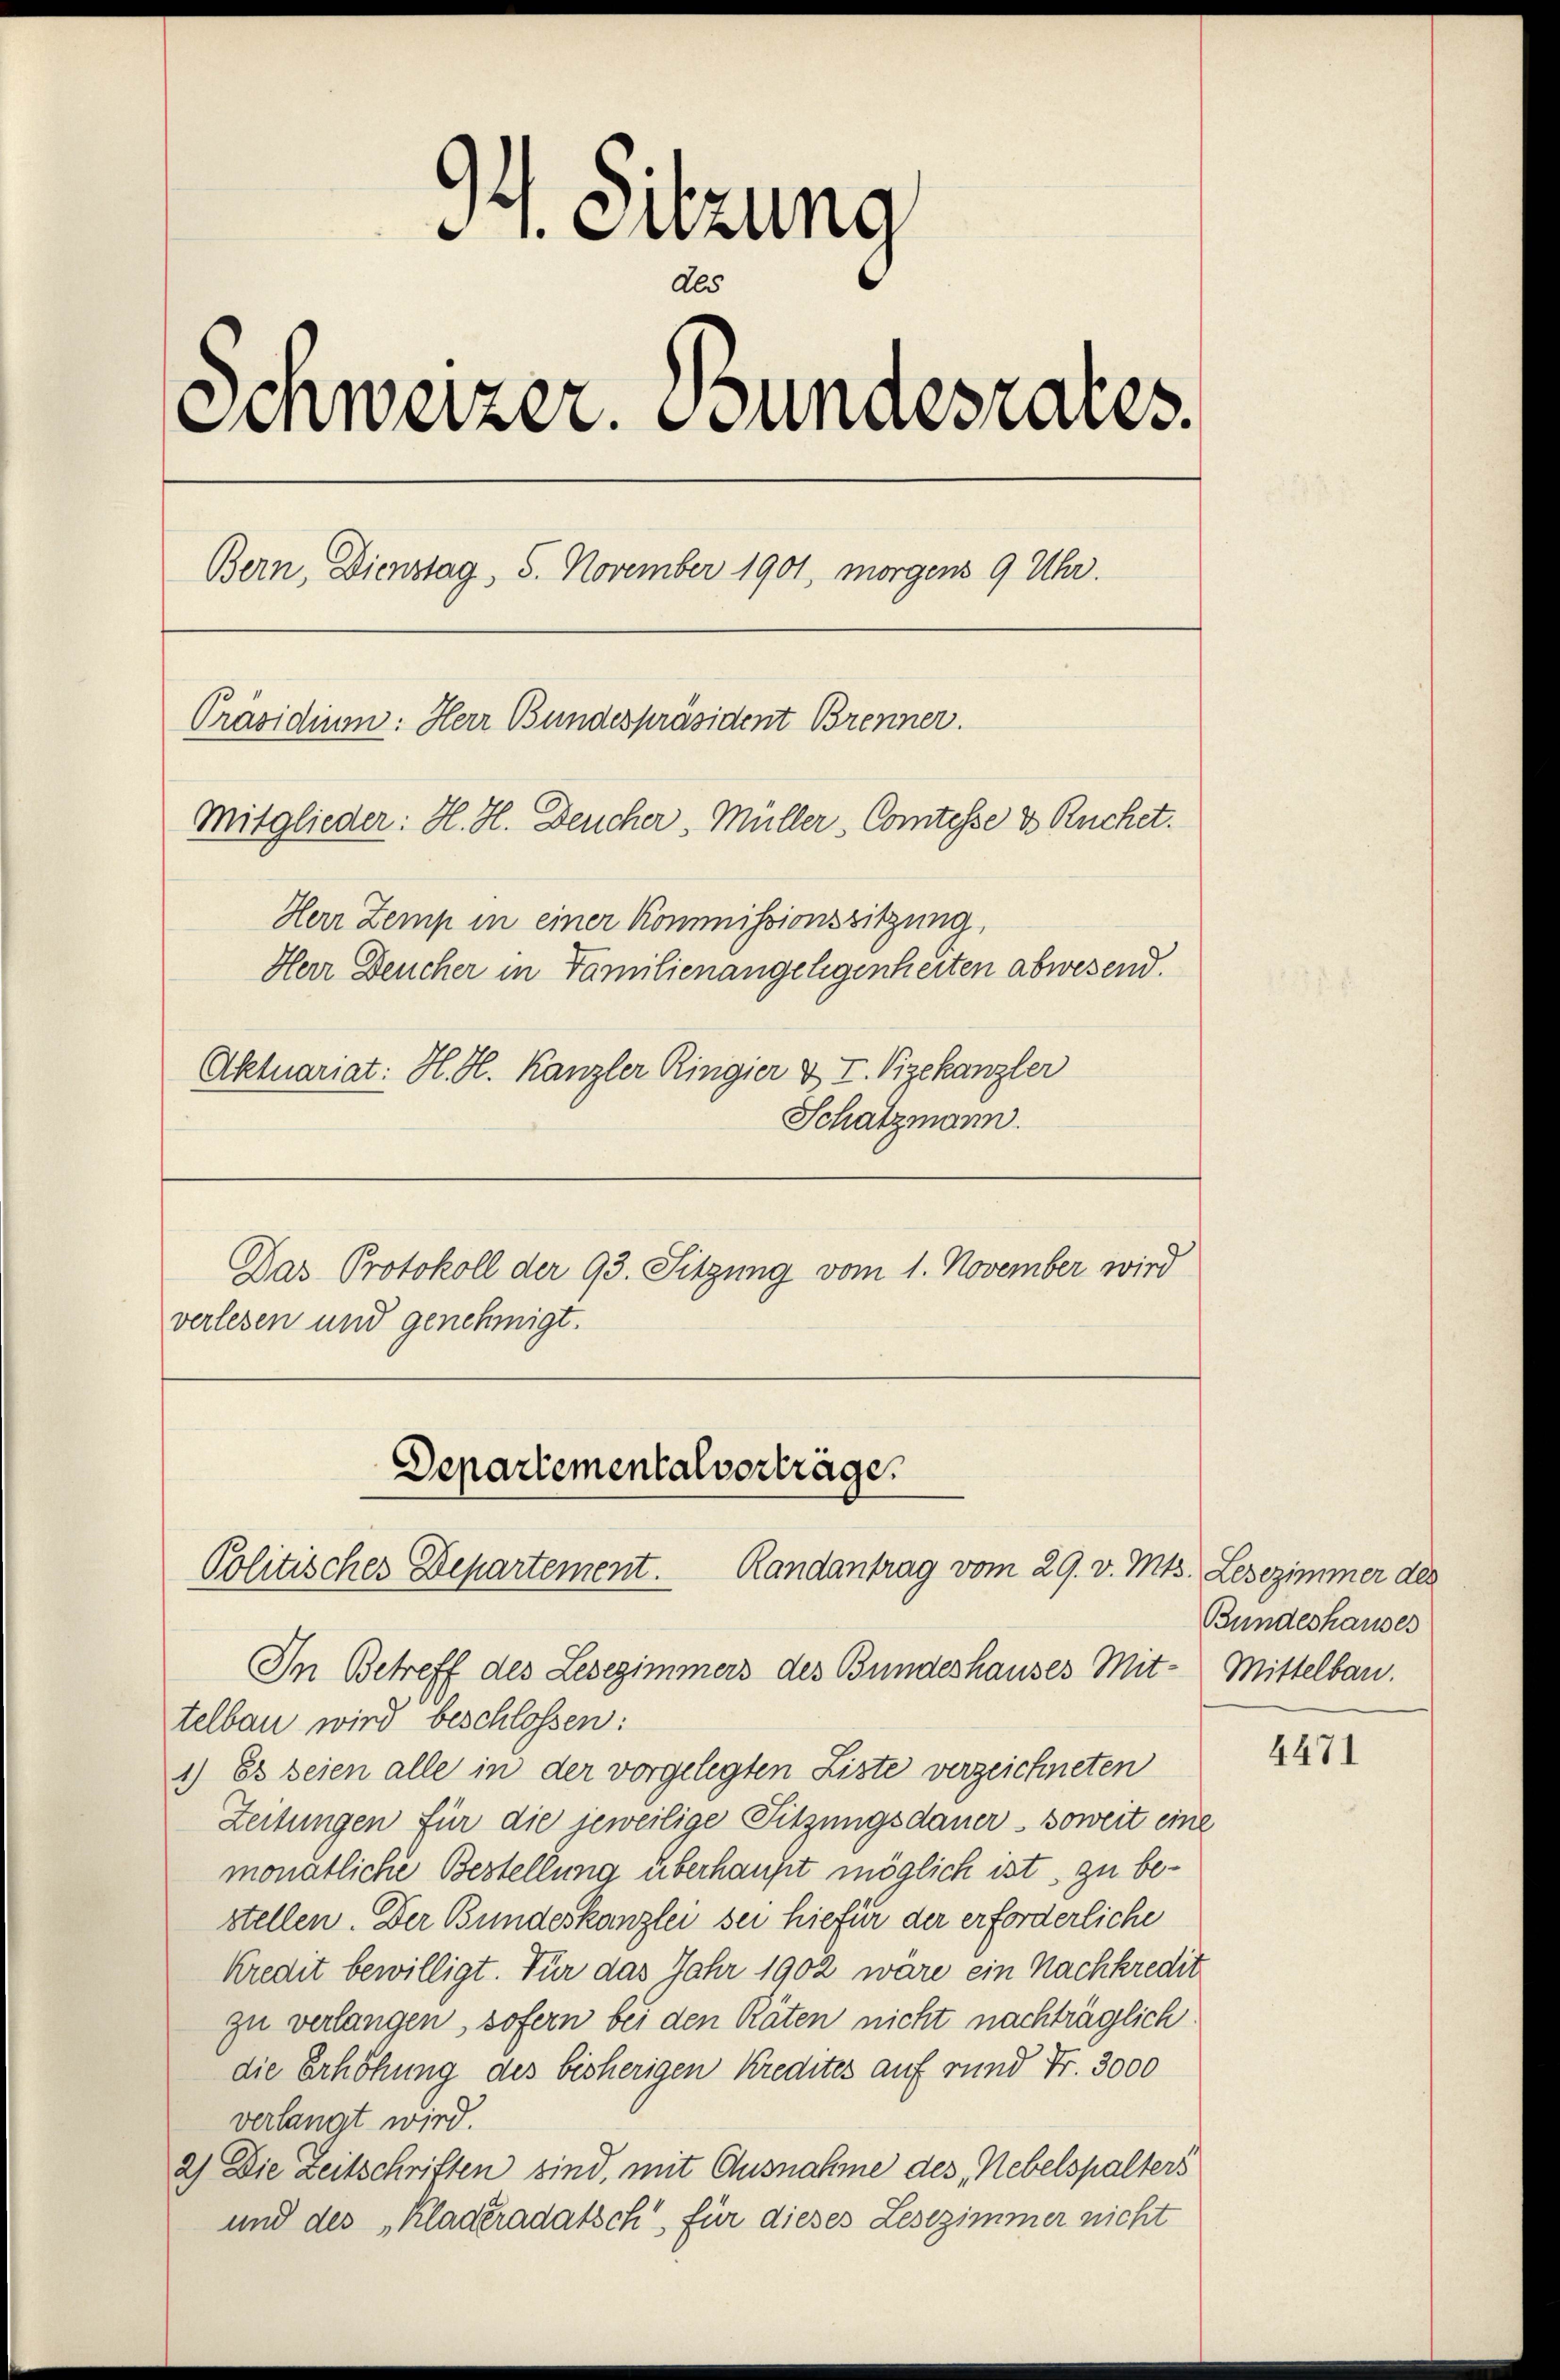
34. Sitzung
Als
Schweizer. Bundesrates.
Bern, Dienstag, 5. November 1901, morgens 9 Uhr.
Präsidium: Herr Bundespräsident Brenner.
Mitglieder: H. H. Deucher, Müller, Comtesse & Ruchet.
Herr Zemp in einer Kommissionssitzung,
Herr Deucher in Familienangelegenheiten abwesend.
Aktuariat: H. H. Kanzler Ringier & T. Vizekanzler

Schatzmann.
Das Protokoll der 93. Sitzung vom 1. November wird
verlesen und genehmigt.

In Betreff des Lesezimmers des Bundeshauses Mit- Mittelbau.
telbau wird beschlossen:
1) Es seien alle in der vorgelegten Liste verzeichneten
Zeitungen für die jeweilige Sitzungsdauer - soweit eine
monatliche Bestellung überhaupt möglich ist, zu bestellen. Der Bundeskanzlei sei hiefür der erforderliche
Kredit bewilligt. Für das Jahr 1902 wäre ein Nachkredit
zu verlangen, sofern bei den Räten nicht nachträglich
die Erhöhung des bisherigen Kredites auf rund Fr. 3000
verlangt wird.
2) Die Zeitschriften sind, mit Ausnahme des Nebelspalters
und des „Kladeradatsch, für dieses Lesezimmer nicht

Departementalverträge.
Politisches Departement. Randantrag vom 29. v. Mts. Lesezimmer des

Bundeshauses

4471